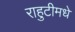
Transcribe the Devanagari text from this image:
राहुटीमधे